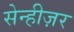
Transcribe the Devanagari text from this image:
सेन्हीज़र